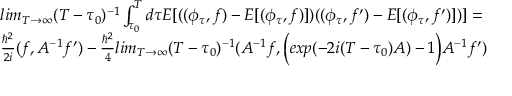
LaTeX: \begin{array} { l } { { l i m _ { T \rightarrow \infty } ( T - \tau _ { 0 } ) ^ { - 1 } \int _ { \tau _ { 0 } } ^ { T } d \tau E [ ( ( \phi _ { \tau } , f ) - E [ ( \phi _ { \tau } , f ) ] ) ( ( \phi _ { \tau } , f ^ { \prime } ) - E [ ( \phi _ { \tau } , f ^ { \prime } ) ] ) ] = } } \\ { { \frac { \hbar ^ { 2 } } { 2 i } ( f , { \cal A } ^ { - 1 } f ^ { \prime } ) - \frac { \hbar ^ { 2 } } { 4 } l i m _ { T \rightarrow \infty } ( T - \tau _ { 0 } ) ^ { - 1 } ( { \cal A } ^ { - 1 } f , \Big ( e x p ( - 2 i ( T - \tau _ { 0 } ) { \cal A } ) - 1 \Big ) { \cal A } ^ { - 1 } f ^ { \prime } ) } } \end{array}